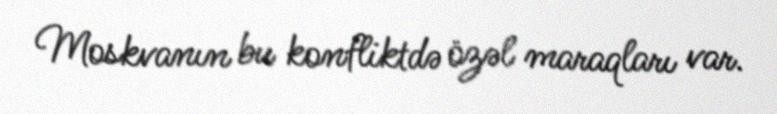
Moskvanın bu konfliktdə özəl maraqları var.